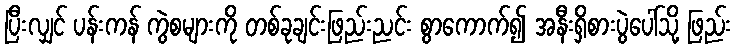
ပြီးလျှင် ပန်းကန် ကွဲစများကို တစ်ခုချင်းဖြည်းညင်း စွာကောက်၍ အနီးရှိစားပွဲပေါ်သို့ ဖြည်း